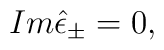
Im\hat \epsilon _{\pm }=0,